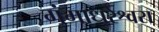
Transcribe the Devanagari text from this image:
गंगाधरेश्वरा